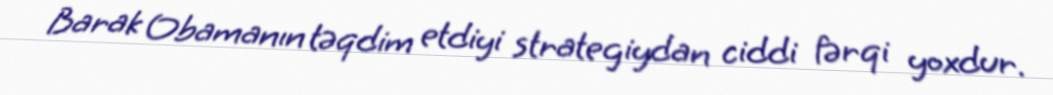
Barak Obamanın təqdim etdiyi strategiydan ciddi fərqi yoxdur.